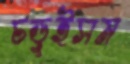
চড়ুইসম